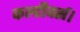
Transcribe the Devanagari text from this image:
कल्टीवर्स।